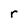
Character: r